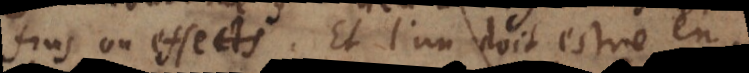
fins ou effects. Et l’un doit estre en